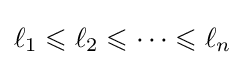
\ell _{1}\leqslant \ell _{2}\leqslant \cdots \leqslant \ell _{n}